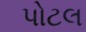
પોટલ